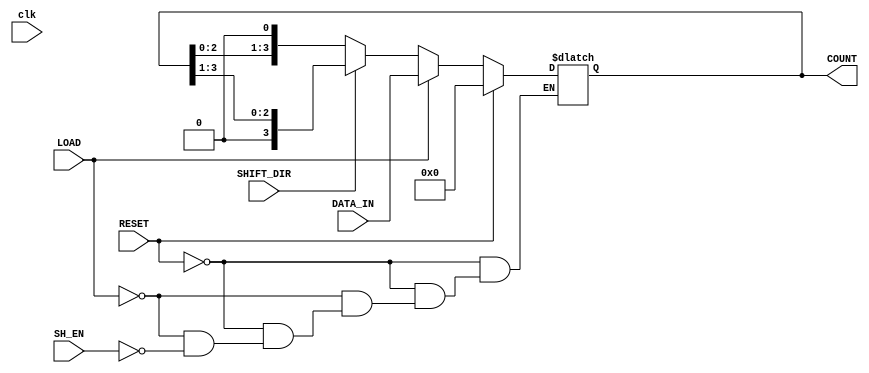
module async_shift_counter (
    input wire clk,           // Not used for asynchronous behavior but kept for completeness
    input wire SH_EN,        // Shift Enable
    input wire LOAD,         // Load signal
    input wire RESET,        // Reset signal
    input wire [3:0] DATA_IN, // Input data for loading
    input wire SHIFT_DIR,    // 0 for left shift, 1 for right shift
    output reg [3:0] COUNT   // Output current count
);

    // Asynchronous Reset
    always @(*) begin
        if (RESET) begin
            COUNT = 4'b0000;    // Clear counter
        end
        else if (LOAD) begin
            COUNT = DATA_IN;    // Load input data
        end
        else if (SH_EN) begin
            if (SHIFT_DIR == 1'b0) begin
                COUNT = {COUNT[2:0], 1'b0}; // Left Shift (multiply by 2)
            end
            else begin
                COUNT = {1'b0, COUNT[3:1]}; // Right Shift (divide by 2)
            end
        end
    end

endmodule